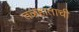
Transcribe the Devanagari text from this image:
तळहाताची